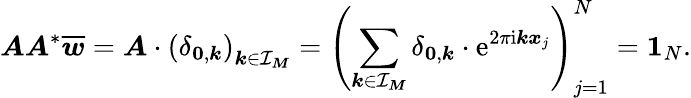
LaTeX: \boldsymbol A\boldsymbol A^{*}\overline{{\boldsymbol w}}=\boldsymbol A\cdot\left(\delta_{\boldsymbol 0,\boldsymbol k}\right)_{\boldsymbol k\in{\mathcal I_{\boldsymbol M}}}=\left(\sum_{\boldsymbol k\in\mathcal I_{\boldsymbol M}}\delta_{\boldsymbol 0,\boldsymbol k}\cdot\mathrm e^{2\pi\mathrm i\boldsymbol k\boldsymbol x_{j}}\right)_{j=1}^{N}=\boldsymbol 1_{N}.